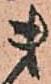
ま